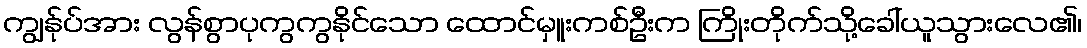
ကျွန်ုပ်အား လွန်စွာပုကွကွနိုင်သော ထောင်မှူးကစ်ဦးက ကြိုးတိုက်သို့ခေါ်ယူသွားလေ၏၊